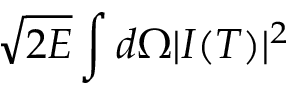
\sqrt { 2 E } \int d \Omega | I ( T ) | ^ { 2 }